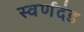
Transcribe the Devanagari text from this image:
स्वर्णदंड